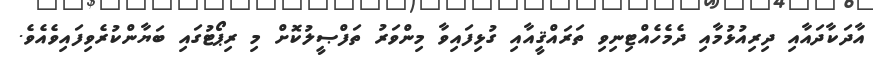
އާދަކާދައާއި ދިރިއުޅުމާއި ދެމެހެއްޓިނިވި ތަރައްޤީއާއި ގުޅިފައިވާ މިންވަރު ތަފްޞީލުކޮށް މި ރިޕޯޓުގައި ބަޔާންކުރެވިފައިވެއެވެ.